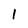
Character: l